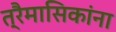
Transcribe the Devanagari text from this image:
त्रैमासिकांना